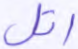
اتل